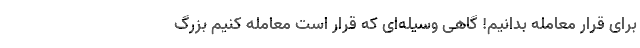
برای قرار معامله بدانیم! گاهی وسیله‌ای که قرار است معامله کنیم بزرگ